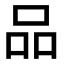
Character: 品